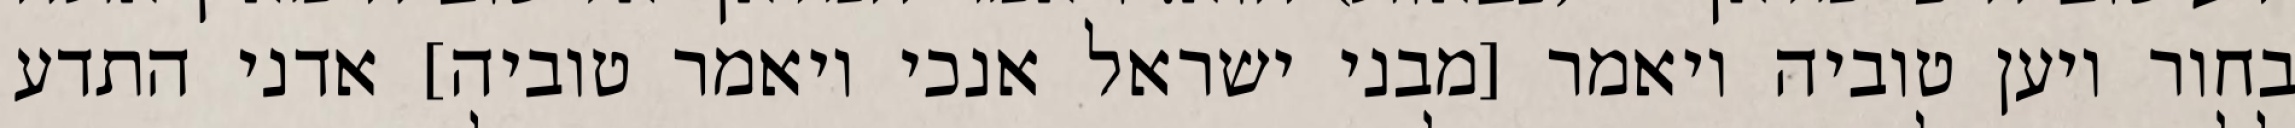
בחור ויען טוביה ויאמר [מבני ישראל אנכי ויאמר טוביה] אדני התדע